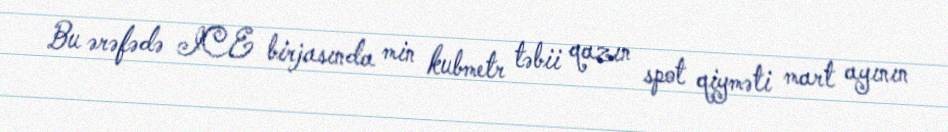
Bu ərəfədə ICE birjasında min kubmetr təbii qazın spot qiyməti mart ayının